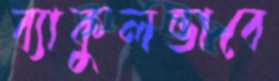
ব্যাকুলভাবে